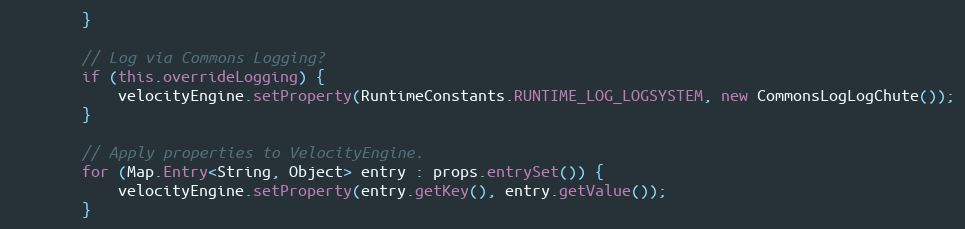
Language: Java
		}

		// Log via Commons Logging?
		if (this.overrideLogging) {
			velocityEngine.setProperty(RuntimeConstants.RUNTIME_LOG_LOGSYSTEM, new CommonsLogLogChute());
		}

		// Apply properties to VelocityEngine.
		for (Map.Entry<String, Object> entry : props.entrySet()) {
			velocityEngine.setProperty(entry.getKey(), entry.getValue());
		}